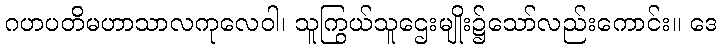
ဂဟပတိမဟာသာလကုလေဝါ၊ သူကြွယ်သူဌေးမျိုး၌သော်လည်းကောင်း။ ဒေ